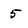
Character: 5